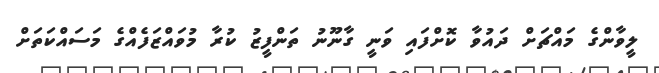
ލީވާންގެ މައްޗަށް ދައުވާ ކޮށްފައި ވަނީ ގާނޫނު ތަންފީޒު ކުރާ މުވައްޒަފެއްގެ މަސައްކަތަށް